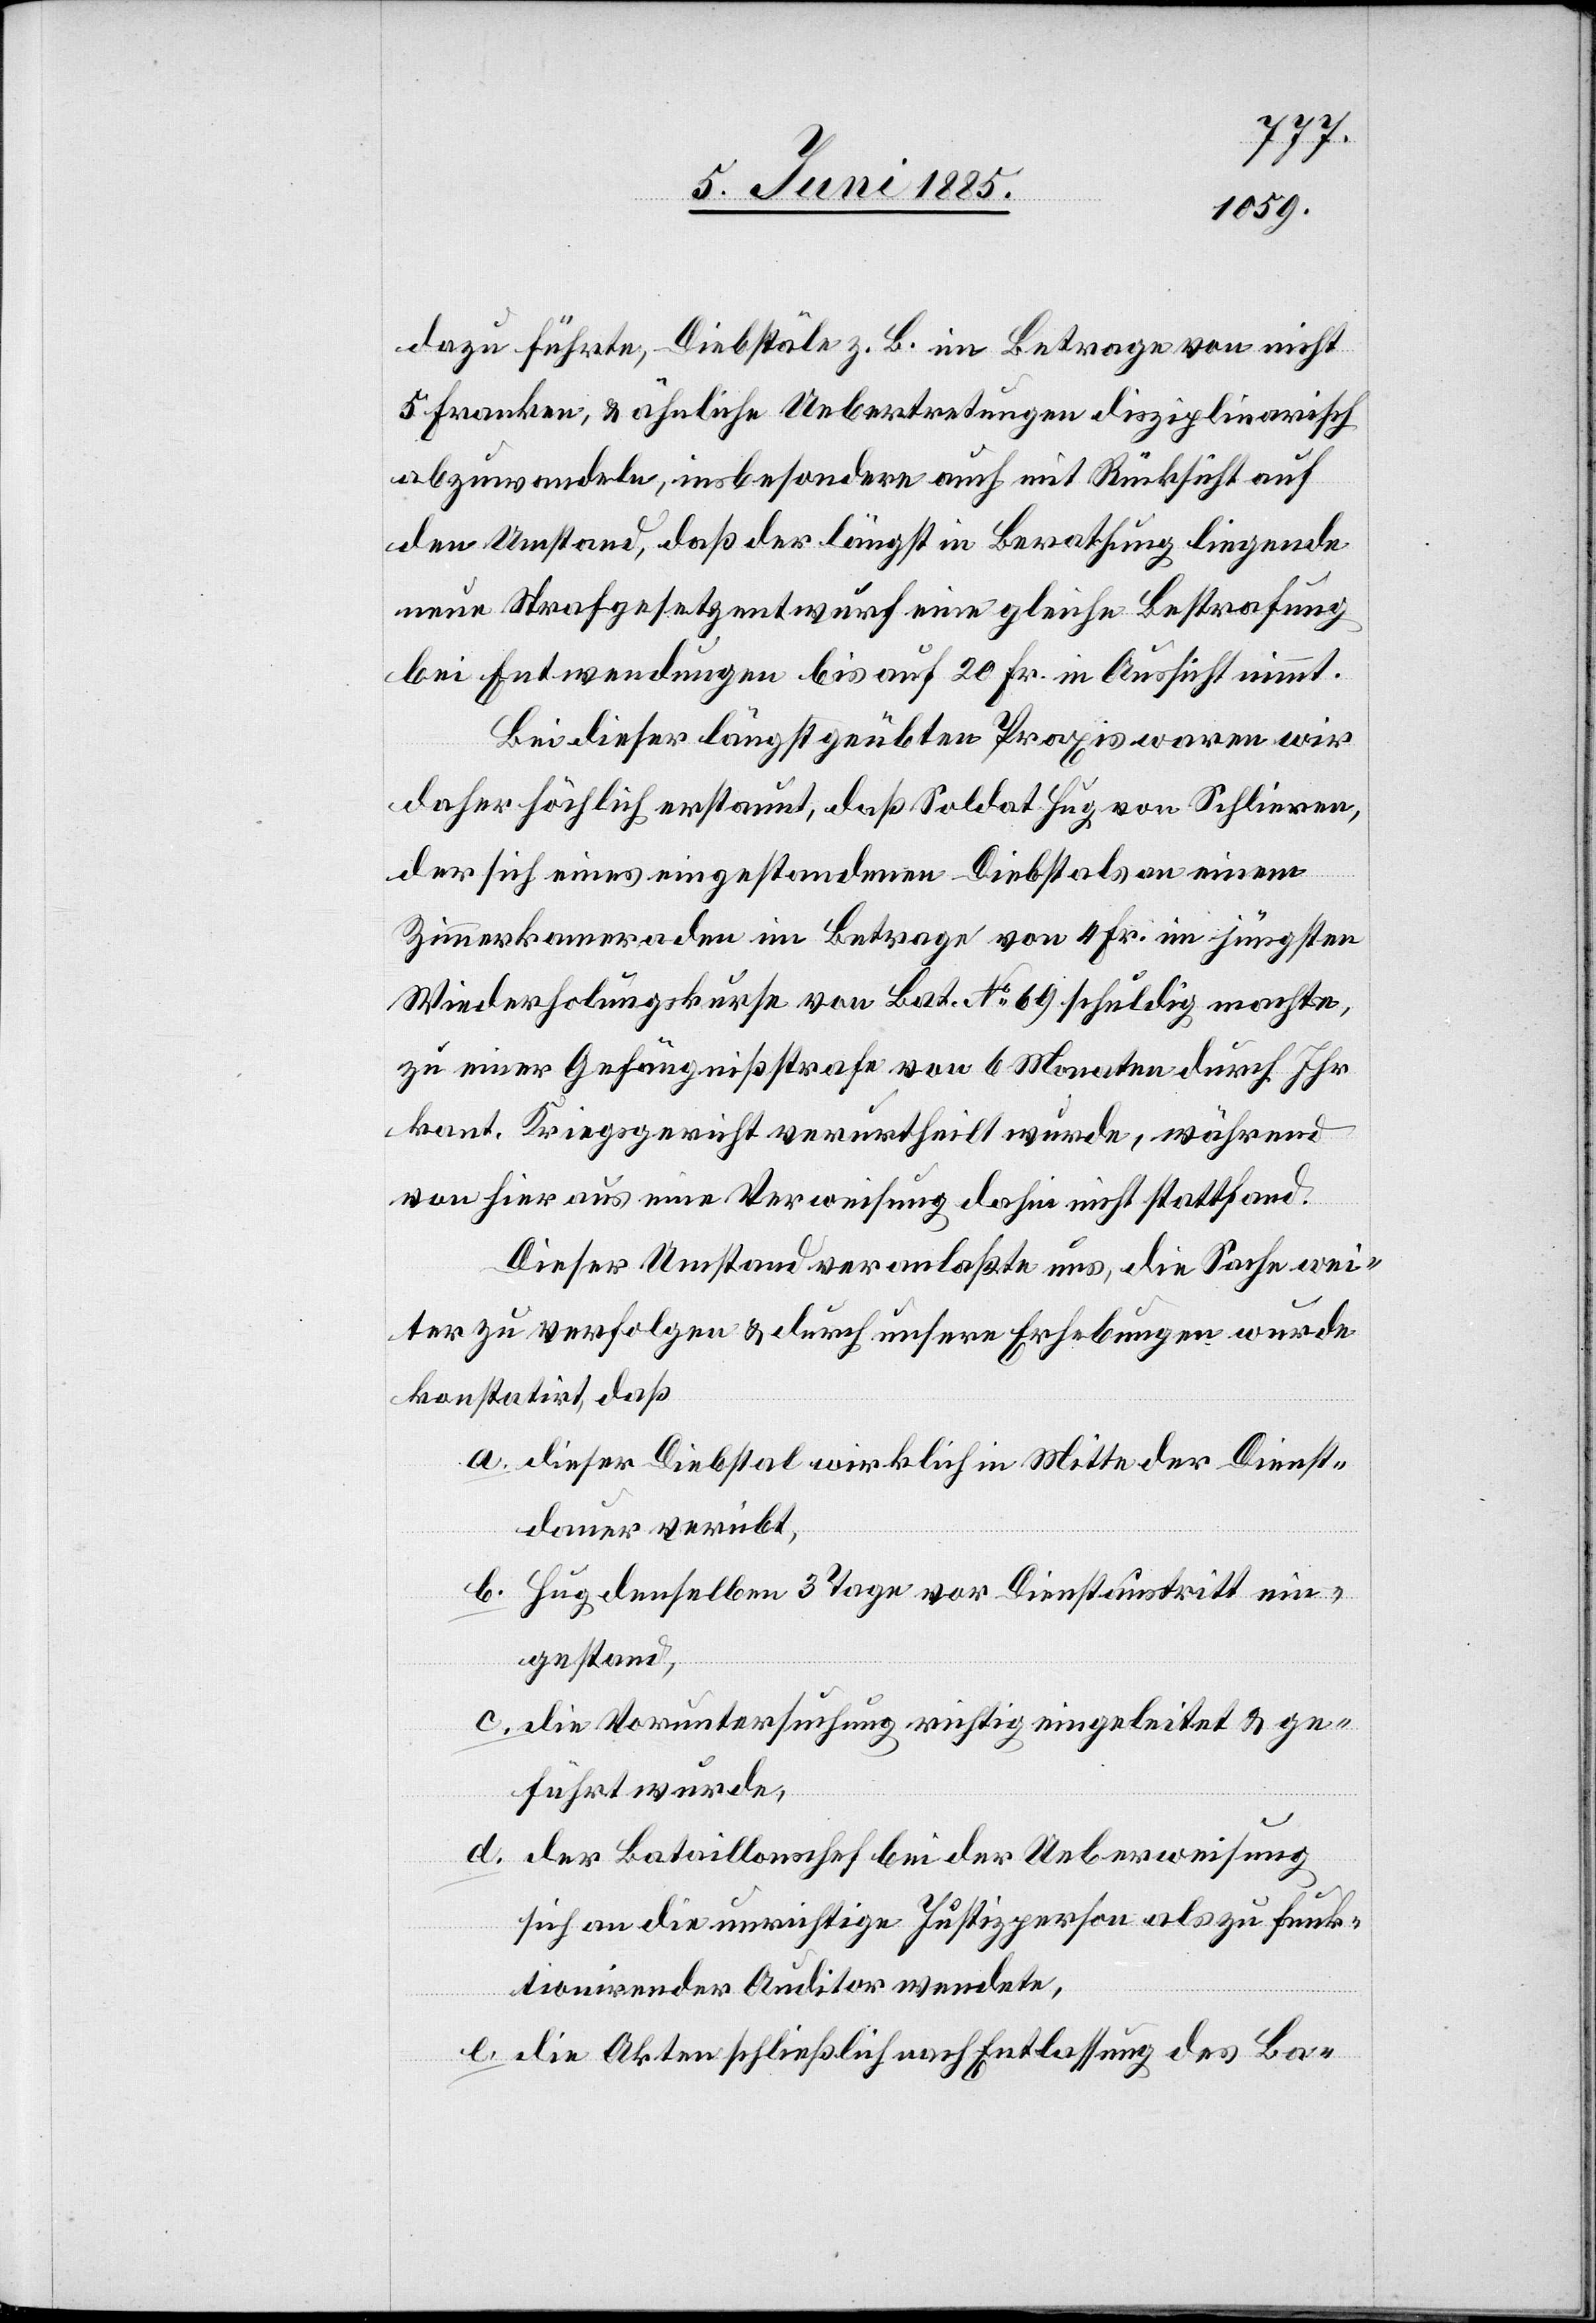
dazu führte, Diebstäle z. B. im Betrage von nicht
5 Franken, & ähnliche Uebertretungen disziplinarisch
abzuwandeln, insbesondere auch mit Rücksicht auf
den Umstand, daß der längst in Berathung liegende
neue Strafgesetzentwurf eine gleiche Bestrafung
bei Entwendungen bis auf 20 Fr. in Aussicht nimmt.
Bei dieser längst geübten Praxis waren wir
daher höchlich erstaunt, daß Soldat Hug von Schlieren,
der sich eines eingestandenen Diebstals an einem
Zimmerkameraden im Betrage von 4 Fr. im jüngsten
Wiederholungskurse von Bat. No. 69 schuldig machte,
zu einer Gefängnißstrafe von 6 Monaten durch Ihr
kant. Kriegsgericht verurtheilt wurde, während
von hier aus eine Verweisung dahin nicht stattfand.
Dieser Umstand veranlaßte uns, die Sache wei¬
ter zu verfolgen & durch unsere Erhebungen wurde
konstatirt, daß
a. dieser Diebstal wirklich in Mitte der Dienst¬
dauer verübt,
b. Hug denselben 3 Tage vor Dienstaustritt ein¬
gestand,
c. die Voruntersuchung richtig eingeleitet & ge¬
führt wurde,
d. der Bataillonschef bei der Ueberweisung
sich an die unrichtige Justizperson als zu funk¬
tionierender Auditor wendete,
e. die Akten schließlich nach Entlassung des Ba-